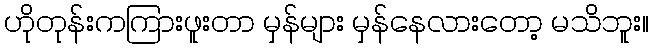
ဟိုတုန်းကကြားဖူးတာ မှန်များ မှန်နေလားတော့ မသိဘူး။